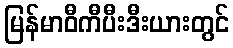
မြန်မာဝီကီပီးဒီးယားတွင်